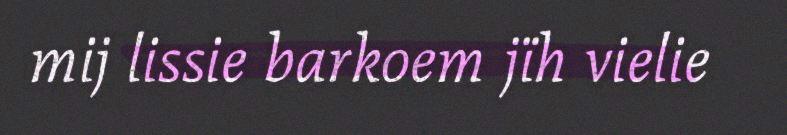
mij lissie barkoem jïh vielie